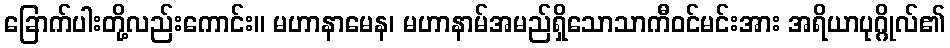
ခြောက်ပါးတို့လည်းကောင်း။ မဟာနာမေန၊ မဟာနာမ်အမည်ရှိသောသာကီဝင်မင်းအား အရိယာပုဂ္ဂိုလ်၏